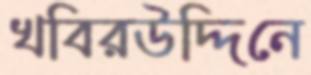
খবিরউদ্দিনে